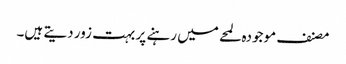
مصنف موجودہ لمحے میں رہنے پر بہت زور دیتے ہیں۔